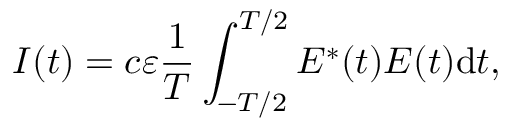
I ( t ) = c \varepsilon \frac { 1 } { T } \int _ { - T / 2 } ^ { T / 2 } E ^ { * } ( t ) E ( t ) \mathrm { { d } } t ,